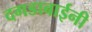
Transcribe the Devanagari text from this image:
दगडाबाईनी